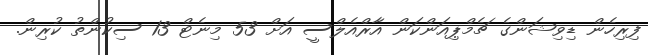
ފިރިހެން ޑިވިޝަންގެ ޗެމްޕިއަންކަން އާރްއެލްސީ އަށް 53 މިނެޓް 13 ސިކުންތު ކުރިން.